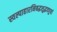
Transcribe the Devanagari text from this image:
स्वल्पाहारनिबद्धशुद्धवपुषां